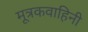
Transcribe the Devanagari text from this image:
मूत्रकवाहिनी